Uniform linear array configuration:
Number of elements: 48
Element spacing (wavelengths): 0.5
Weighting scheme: hamming
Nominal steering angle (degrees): -45
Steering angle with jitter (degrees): -46.742
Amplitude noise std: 0.05
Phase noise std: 0.05

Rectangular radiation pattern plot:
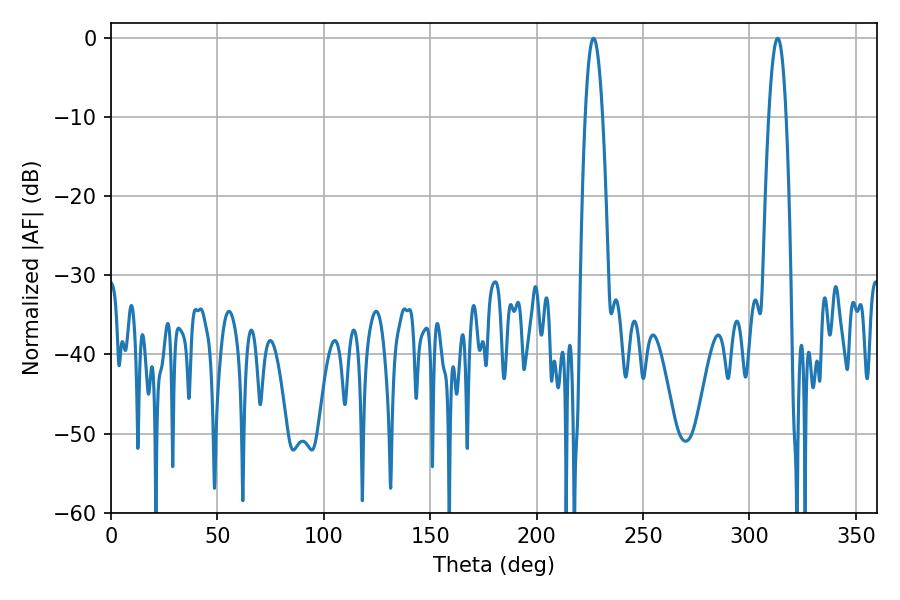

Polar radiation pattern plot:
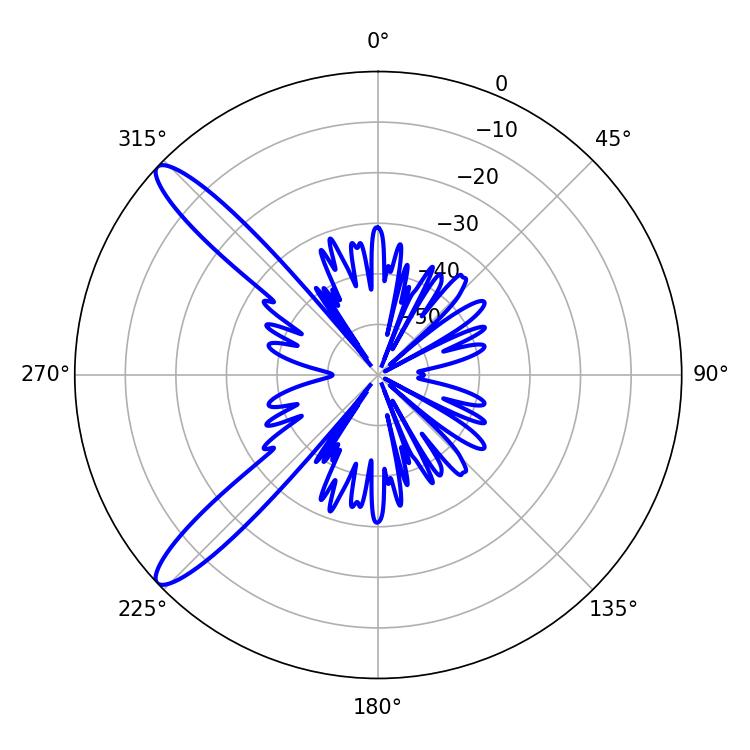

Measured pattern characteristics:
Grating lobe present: FALSE
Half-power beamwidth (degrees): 4.32
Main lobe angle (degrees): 226.8